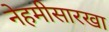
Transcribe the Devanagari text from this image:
नेहमीसारखा